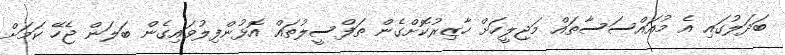
ބަދަލުގައި އެ މުއައްސަސާތައް މަޖިލީހަށް ހާޒިރުކޮށްގެން ތަފްސީލުތައް އޮޅުންފިލުވައިގެން ބަލަން ޖެހޭ ކަމަށް